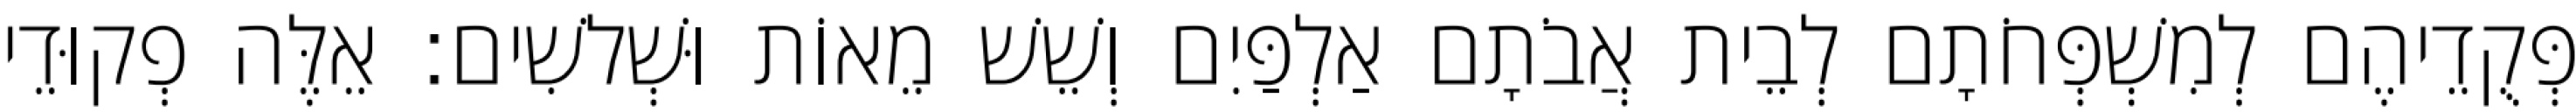
פְּקֻדֵיהֶם לְמִשְׁפְּחֹתָם לְבֵית אֲבֹתָם אַלְפַּיִם וְשֵׁשׁ מֵאוֹת וּשְׁלשִׁים׃ אֵלֶּה פְקוּדֵי